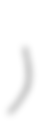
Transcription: أمين نايفه)